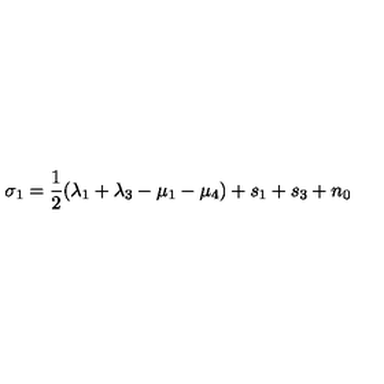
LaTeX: \sigma _ { 1 } = \frac { 1 } { 2 } ( \lambda _ { 1 } + \lambda _ { 3 } - \mu _ { 1 } - \mu _ { 4 } ) + s _ { 1 } + s _ { 3 } + n _ { 0 }